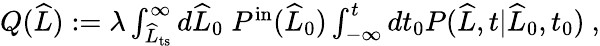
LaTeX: \begin{array}{r}{Q(\widehat{L}):=\lambda\int_{\widehat{L}_{\mathrm{ts}}}^{\infty}d\widehat{L}_{0}\; P^{\mathrm{in}}(\widehat{L}_{0})\int_{-\infty}^{t}dt_{0}P(\widehat{L},t|\widehat{L}_{0},t_{0})\ ,}\end{array}